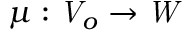
\mu : { \mathit { V } } _ { o } \to { \mathit { W } }